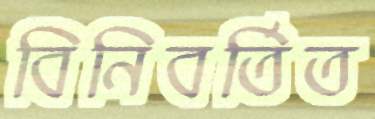
বিনিবর্তিত